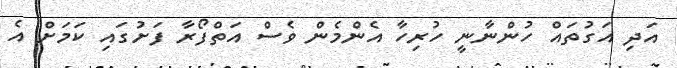
އަދި އަގުތައް ހުންނާނީ ހުރިހާ އެންމެން ވެސް އަތްފޯރާ ފަށުގައި ކަމަށް އެ